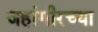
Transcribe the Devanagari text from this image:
जहांगीरच्या